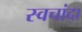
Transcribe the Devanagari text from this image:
स्वचांदा